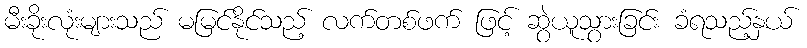
မီးခိုးလုံးများသည် မမြင်နိုင်သည့် လက်တစ်ဖက် ဖြင့် ဆွဲယူသွားခြင်း ခံရသည့်နှယ်